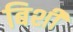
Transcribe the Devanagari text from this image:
बिशी